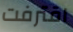
اقترفت